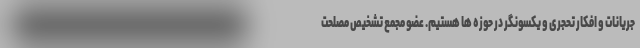
جریانات و افکار تحجری و یکسونگر در حوزه ها هستیم. عضو مجمع تشخیص مصلحت